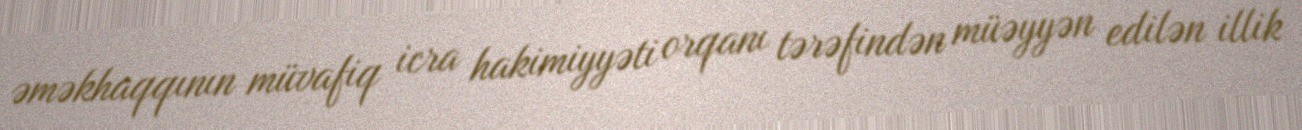
əməkhaqqının müvafiq icra hakimiyyəti orqanı tərəfindən müəyyən edilən illik